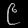
Digit: ၉